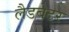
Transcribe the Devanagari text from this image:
लैडबेटर